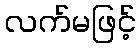
လက်မဖြင့်